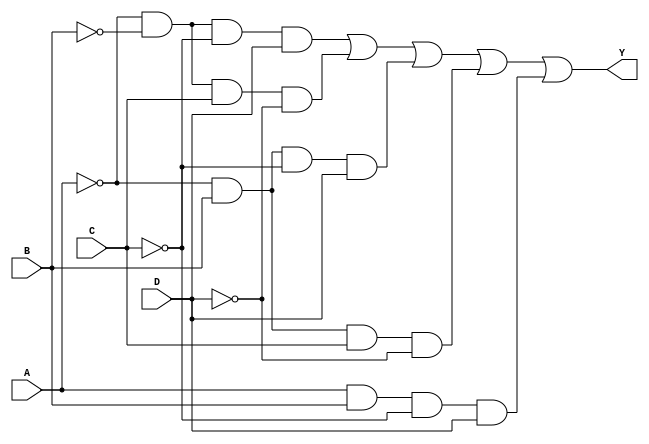
module k_map_4var (
    input wire A,          // Input variable A
    input wire B,          // Input variable B
    input wire C,          // Input variable C
    input wire D,          // Input variable D
    output wire Y          // Output Y based on the K-map
);

// Internal signals to represent the minterms
wire m0, m1, m2, m3, m4, m5, m6, m7, m8, m9, m10, m11, m12, m13, m14, m15;

// Mapping the minterms based on the input combinations
assign m0 = ~A & ~B & ~C & ~D; // 0000
assign m1 = ~A & ~B & ~C & D;  // 0001
assign m2 = ~A & ~B & C & D;   // 0011
assign m3 = ~A & ~B & C & ~D;  // 0010
assign m4 = ~A & B & ~C & ~D;   // 0100
assign m5 = ~A & B & ~C & D;    // 0101
assign m6 = ~A & B & C & D;     // 0111
assign m7 = ~A & B & C & ~D;    // 0110
assign m8 = A & ~B & ~C & ~D;   // 1000
assign m9 = A & ~B & ~C & D;    // 1001
assign m10 = A & ~B & C & D;    // 1011
assign m11 = A & ~B & C & ~D;   // 1010
assign m12 = A & B & ~C & ~D;    // 1100
assign m13 = A & B & ~C & D;     // 1101
assign m14 = A & B & C & D;      // 1111
assign m15 = A & B & C & ~D;     // 1110

// Output logic based on the desired minterms
assign Y = m1 | m3 | m5 | m7 | m13; // Example: K-map output for minterms 1, 3, 5, 7, 13

endmodule